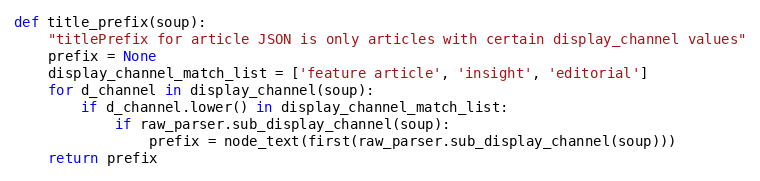
Language: Python
def title_prefix(soup):
    "titlePrefix for article JSON is only articles with certain display_channel values"
    prefix = None
    display_channel_match_list = ['feature article', 'insight', 'editorial']
    for d_channel in display_channel(soup):
        if d_channel.lower() in display_channel_match_list:
            if raw_parser.sub_display_channel(soup):
                prefix = node_text(first(raw_parser.sub_display_channel(soup)))
    return prefix